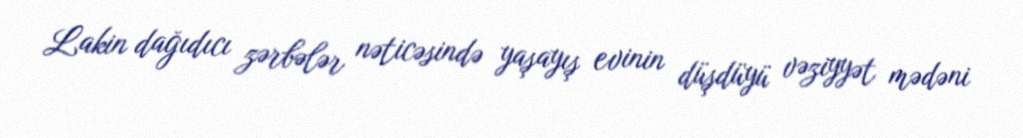
Lakin dağıdıcı zərbələr nəticəsində yaşayış evinin düşdüyü vəziyyət mədəni